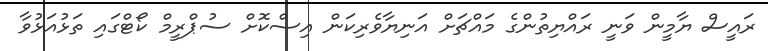
ރައީސް ޔާމީން ވަނީ ރައްޔިތުންގެ މައްޗަށް އަނިޔާވެރިކަން އިސްކޮށް ސުޕްރީމް ކޯޓްގައި ތަޅުއަޅުވާ